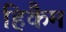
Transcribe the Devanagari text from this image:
हिकैम